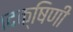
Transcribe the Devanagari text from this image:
।दक्षिणी